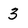
Character: 3